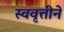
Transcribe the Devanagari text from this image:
स्ववृत्तीने